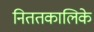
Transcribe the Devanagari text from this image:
निततकालिके